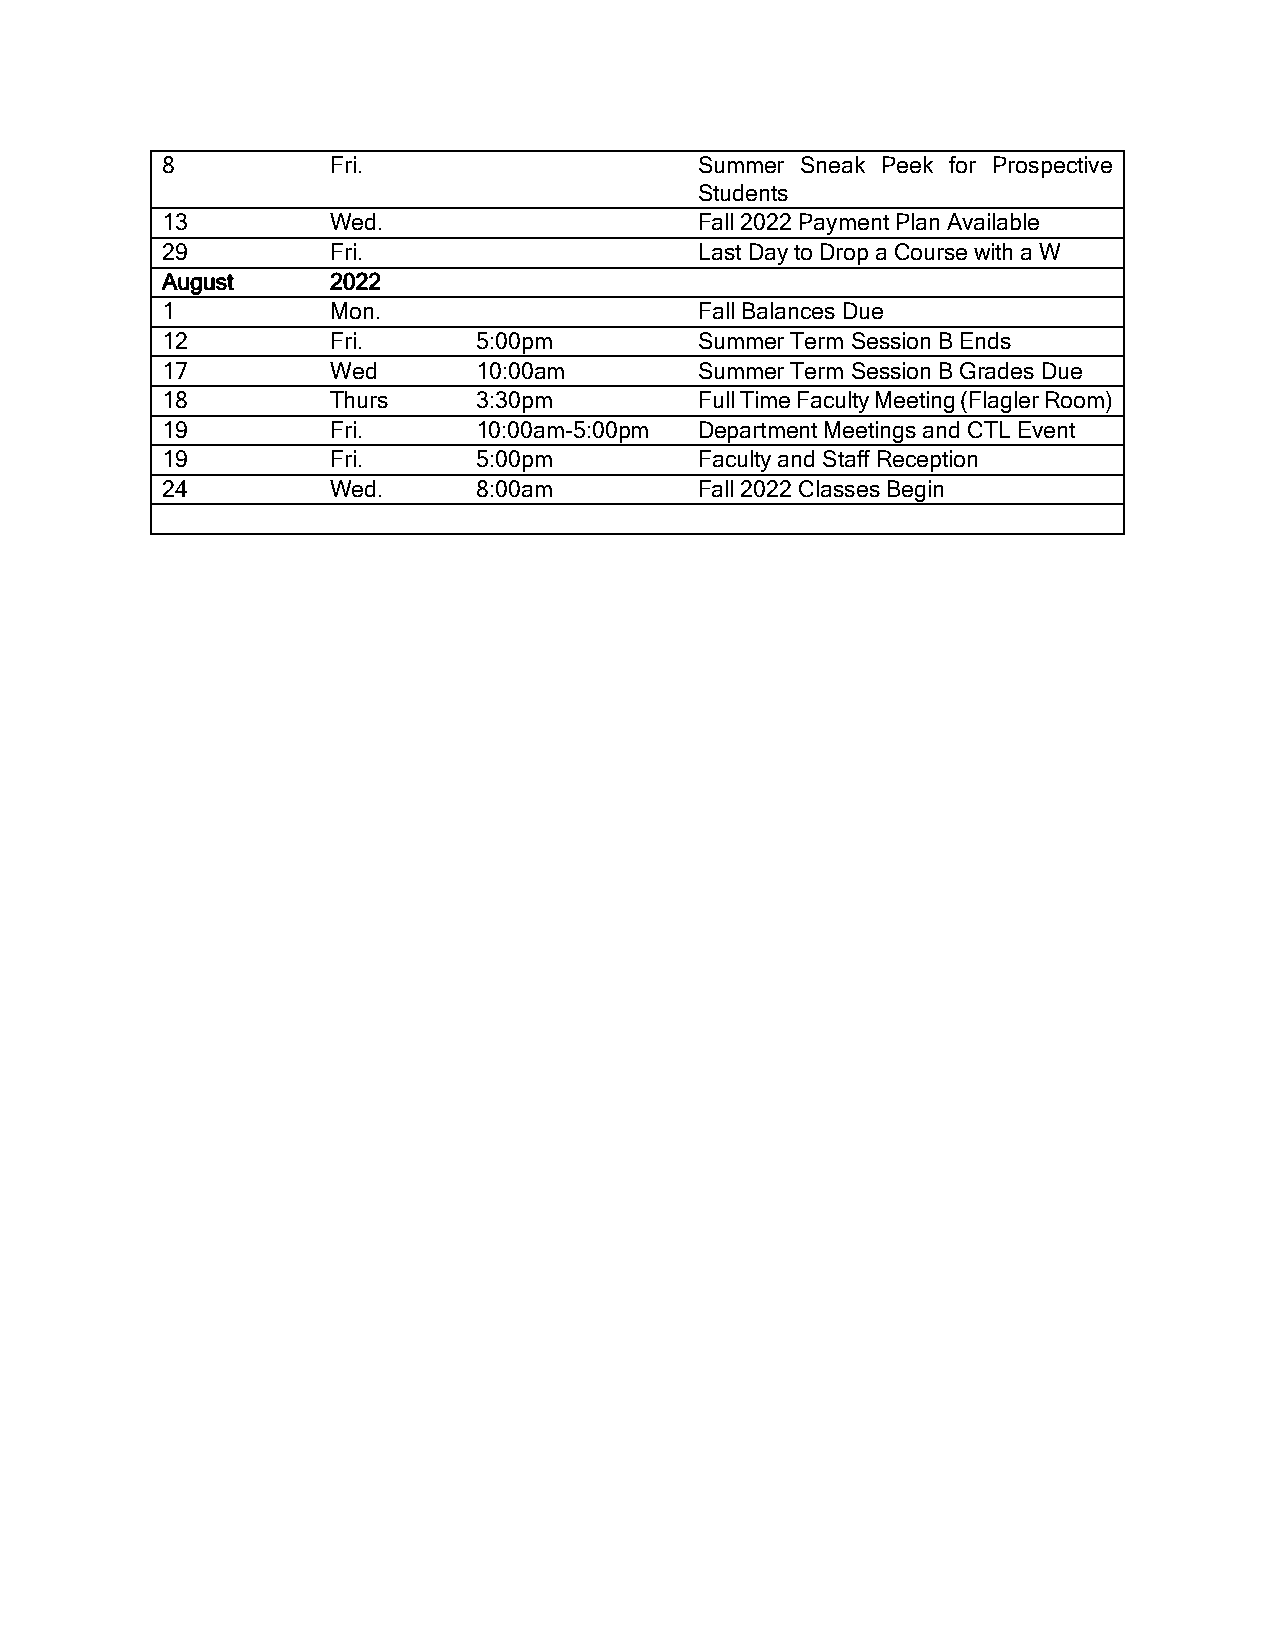
8          Fri.                    Summer Sneak Peek for Prospective
 Students
 13         Wed.                    Fall 2022 Payment Plan Available
 29         Fri.                    Last Day to Drop a Course with a W
 August     2022
 1          Mon.                    Fall Balances Due
 12         Fri.      5:00pm        Summer Term Session B Ends
 17         Wed       10:00am       Summer Term Session B Grades Due
 18         Thurs     3:30pm        Full Time Faculty Meeting (Flagler Room)
 19         Fri.      10:00am-5:00pm Department Meetings and CTL Event
 19         Fri.      5:00pm        Faculty and Staff Reception
 24         Wed.      8:00am        Fall 2022 Classes Begin